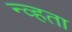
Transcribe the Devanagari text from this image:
न्व्हता